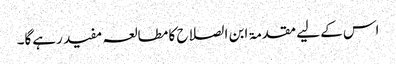
اس کے لیے مقدمۃ ابن الصلاح کا مطالعہ مفید رہےگا۔